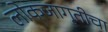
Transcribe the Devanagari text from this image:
लोकजागृतीचा